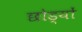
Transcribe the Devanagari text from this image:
छोड्यों